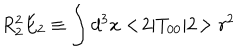
R _ { 2 } ^ { 2 } E _ { 2 } \equiv \int d ^ { 3 } x < \! 2 | T _ { 0 0 } | 2 \! > r ^ { 2 }